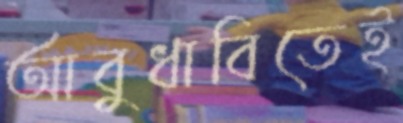
আবুধাবিতেই